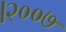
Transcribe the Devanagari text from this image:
।२००७